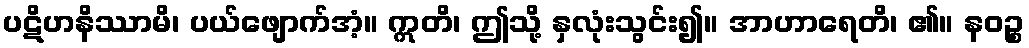
ပဋိဟနိဿာမိ၊ ပယ်ဖျောက်အံ့။ ဣတိ၊ ဤသို့ နှလုံးသွင်း၍။ အာဟာရေတိ၊ ၏။ နဝဉ္စ